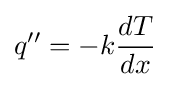
q''=-k{\frac {dT}{dx}}